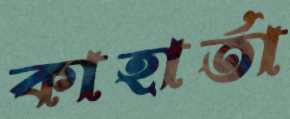
কাহার্তা